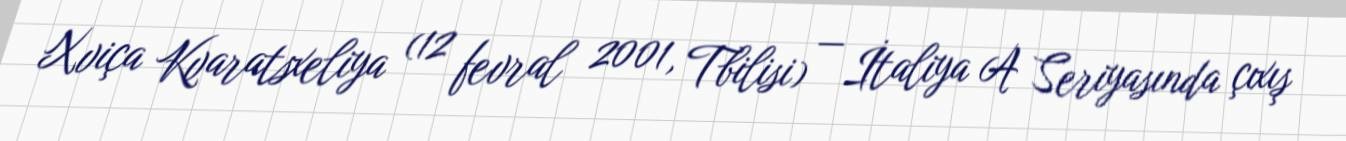
Xviça Kvaratsxeliya (12 fevral 2001, Tbilisi) — İtaliya A Seriyasında çıxış